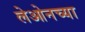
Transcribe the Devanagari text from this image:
लेओनच्या